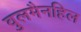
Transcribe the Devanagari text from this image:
वुलमैनहिल